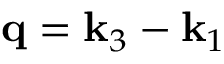
\mathbf { q } = \mathbf { k } _ { 3 } - \mathbf { k } _ { 1 }